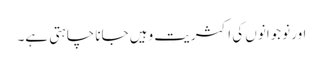
اور نوجوانوں کی اکثریت وہیں جانا چاہتی ہے۔